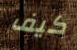
كيف